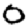
Digit: 0